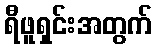
ရီဖူရှင်းအတွက်